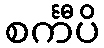
စင်္ကီပိ